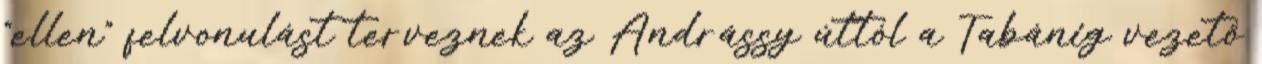
“ellen” felvonulást terveznek az Andrássy úttól a Tabánig vezető